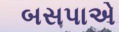
બસપાએ